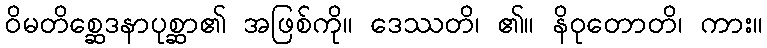
ဝိမတိစ္ဆေဒနာပုစ္ဆာ၏ အဖြစ်ကို။ ဒေဿတိ၊ ၏။ နိဝုတောတိ၊ ကား။